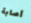
أصابة